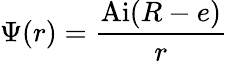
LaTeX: \Psi(r)={\frac{\mathrm{Ai}(R-e)}{r}}